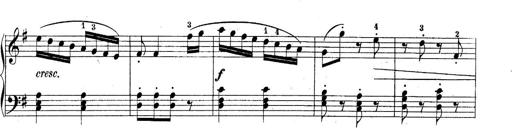
Title: 10 Sonatines progressives
Composer: Anton Schmoll